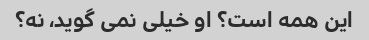
این همه است؟ او خیلی نمی گوید، نه؟